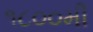
૧૮૦૦મી